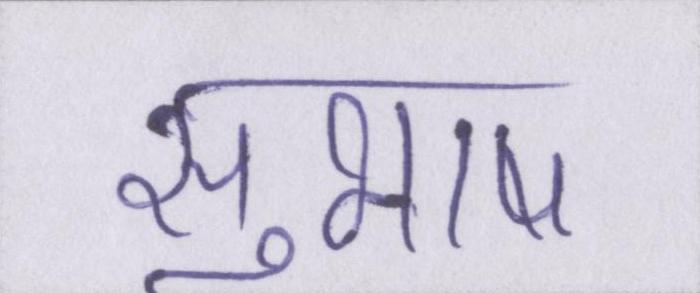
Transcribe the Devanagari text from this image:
सुभाष